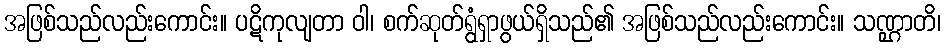
အဖြစ်သည်လည်းကောင်း။ ပဋိကုလျတာ ဝါ၊ စက်ဆုတ်ရွံရှာဖွယ်ရှိသည်၏ အဖြစ်သည်လည်းကောင်း။ သဏ္ဌာတိ၊